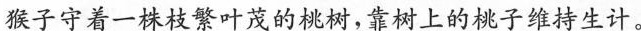
猴子守着一株枝繁叶茂的桃树，靠树上的桃子维持生计。